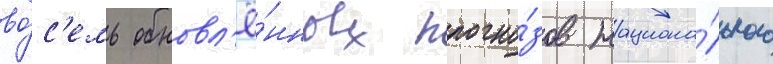
во́с'емь обновл'ё́нных прогно́зов национа́льного